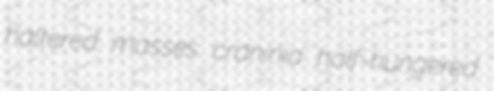
haltered masses craninia half-hungered